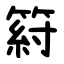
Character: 䈙